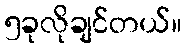
၅ခုလိုချင်တယ်။